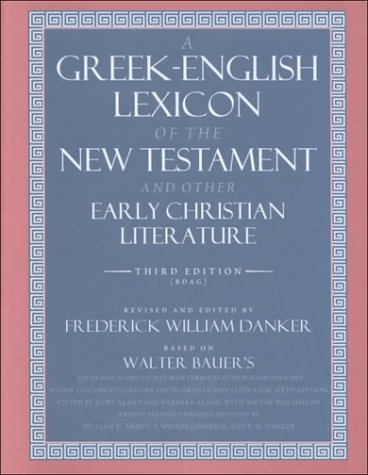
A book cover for A Greek-English Lexicon of the New Testament and Other Early Christian Literature, 3rd Edition; Walter Bauer; History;